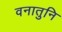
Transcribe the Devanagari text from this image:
वनातुनि